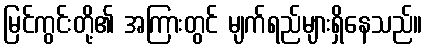
မြင်ကွင်းတို့၏ အကြားတွင် မျက်ရည်များရှိနေသည်။